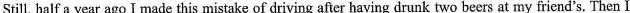
Still, half a year ago I made this mistake of driving after having drunk two beers at my friend's. Then I